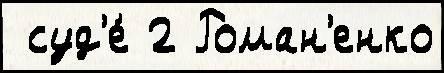
 суд'е́ 2 Роман'енко